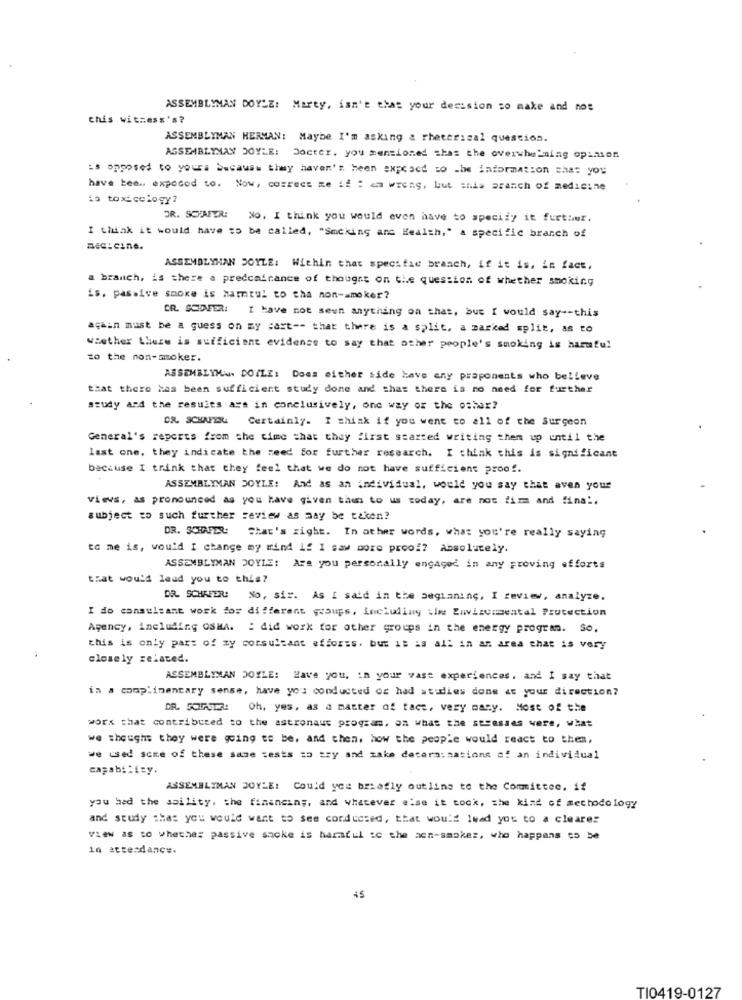
ASSEMBLYMAN DOYLE: Marty, isn't that your decision zo make and nos
this witness's?
ASSEMBLYMAN HERMAN: Maybe I'm asking & rheter:cal question.
ASSEMBLYMAY DOYLE: Docter. you mentioned shas the overwhelming opinion
is opposed to yours because they haven't been exposed to -be information that you
have ten .. exposed to. Now, correct me if : am wrong, but anda aranch of medicine
is toxicology?
JR. SCHAFER:
No. I think you would even have to specify it furthur.
I think it would have to be called, "Smcking and Health," a specific branch of
a=c:cine.
ASSEMBLYHAN DOYLE: Within that specific branch, if it is, in fact,
a branch, is there a predominance of thought on the question of whether smoking
is, passive smoke is hamtul to tha non-smoker?
CR. SEINFER:
I have not seen anything on that, but I would say -- this
again must be a guess on my part -- that there is a split, a marked split, as to
whether there is sufficient evidence to say that other people's smoking is harmful
to the non-smoker.
ASSEMBLYMAN DOYLE: Does either side have any proponents who believe
that there has been sufficient study done and that there is no need for further
study and the results ays in conclusively, one way or the oshar?
DR. SCHAUEN Certainly. I think if you went to all of the Surgeon
General's reports from the time that they first started writing them up until the
last one, they indicate the need for further research. I think this is significant
because I think that they feel that we do not have sufficient proof.
ASSEMBLYMAN DOYLE: And as an individual, would you say that aven your
views, as pronounced as you have given the to us today, are not firm and final.
subject to such further review as may be taken?
DR. SCHAFER: That's right. In other words, what you're really saying
to me is, would I change my mind if I saw more proof? Absolutely.
ASSEMBLYMAN DOYLE: Are you personally engaged in any proving efforts
that would lead you to this?
DR. SCHAFER: No, si". As I said in the beginning, I review, analyze.
I do consultant work for different groups, including the Environmental Protection
Agency, including OSHA. : did work for other groups in the energy program. So.
this is only part of zy consultant afforss. but it is all in an area that is very
closely related.
ASSEMBLYMAN DOYLE: Have you, in your vast experiences, and I say that
in a complimentary sense, have you conducted og had studies done at your direction?
DR. SOUPSET! Oh, yes, as a matter of fact, very many. Most of the
work that contributed to the astronaut program, on what the secesses were, what
we thought they were going to be, and then, how the people would react to them,
we used some of these same tests zo zzy and zake determinations af an individual
capability.
ASSEMBLYMAN DOYLE: Could you briefly outline to the Committee, if
you had the ability, the financing, and whatever else it took, the kind of methodology
and study :has you would want to see conducted, that would lead you to a clearer
view as to whether passive smoke is haraful ic the ach-smoker, who happens to be
in attendance.
TI0419-0127